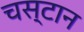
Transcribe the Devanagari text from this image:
चस्टान